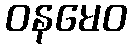
ဝနမေဝ